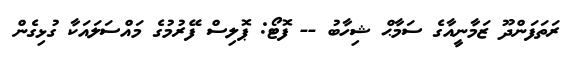
ރަތަފަންދޫ ޒަމާނީއާގެ ސަމާޙް ޝިހާބު -- ފޮޓޯ: ޕޮލިސް ފޭރުމުގެ މައްސަލައަކާ ގުޅިގެން